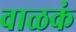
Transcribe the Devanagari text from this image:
वाळकं